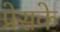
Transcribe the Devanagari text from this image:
प्रेसके